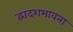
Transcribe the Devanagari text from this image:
द्वादशभावना